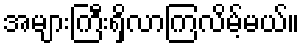
အများကြီးရှိလာကြလိမ့်မယ်။